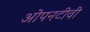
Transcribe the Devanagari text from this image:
ओपनटीवी